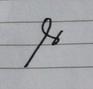
Signature authenticity: forged